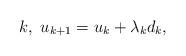
LaTeX: \begin{align*} k, \ u_{k+1} = u_k + \lambda_k d_k,\end{align*}